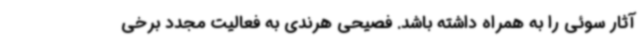
آثار سوئی را به همراه داشته باشد. فصیحی هرندی به فعالیت مجدد برخی